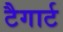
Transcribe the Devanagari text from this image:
टैगार्ट